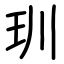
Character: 玔